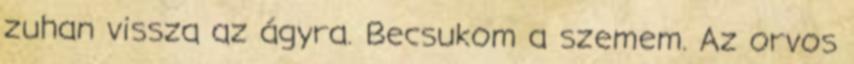
zuhan vissza az ágyra. Becsukom a szemem. Az orvos